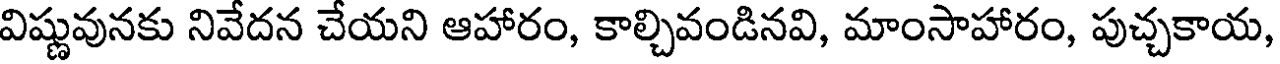
విష్ణువునకు నివేదన చేయని ఆహారం, కాల్చివండినవి, మాంసాహారం, పుచ్చకాయ,